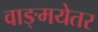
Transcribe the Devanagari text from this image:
वाङ्मयेतर